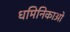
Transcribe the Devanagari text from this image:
धमिनिकाओ